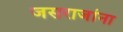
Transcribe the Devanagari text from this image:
जसराजांना